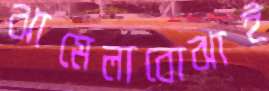
ঝামেলাবোঝাই